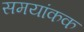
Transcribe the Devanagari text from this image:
समयांकक